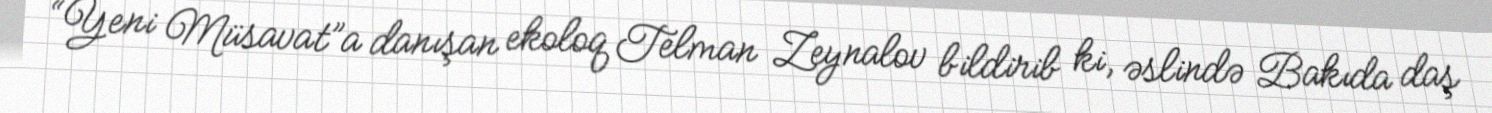
“Yeni Müsavat”a danışan ekoloq Telman Zeynalov bildirib ki, əslində Bakıda daş